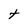
Character: t